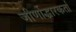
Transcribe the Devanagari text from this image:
जीर्णोद्धारकर्ता